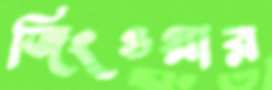
জিংওয়ার